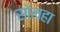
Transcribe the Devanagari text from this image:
सोलहा